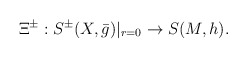
\begin{align*} \Xi^\pm: S^\pm(X,\bar{g})|_{r=0}\to S(M,h). \end{align*}